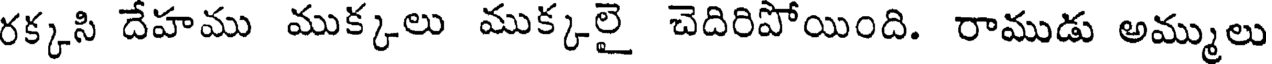
రక్కసి దేహము ముక్కలు ముక్కలై చెదిరిపోయింది. రాముడు అమ్ములు